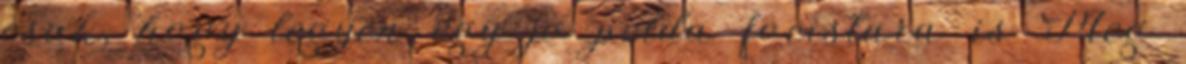
csak, hogy legyen egy jo pelda focistara is Meg